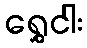
ရွှေငါး